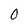
Character: 0